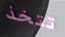
تتخذ